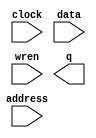
module card_3 (
	address,
	clock,
	data,
	wren,
	q);

	input	[9:0]  address;
	input	  clock;
	input	[8:0]  data;
	input	  wren;
	output	[8:0]  q;
`ifndef ALTERA_RESERVED_QIS
// synopsys translate_off
`endif
	tri1	  clock;
`ifndef ALTERA_RESERVED_QIS
// synopsys translate_on
`endif

endmodule